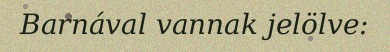
Barnával vannak jelölve: